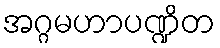
အဂ္ဂမဟာပဏ္ဍိတ